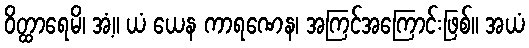
ဝိတ္ထာရေမိ၊ အံ့။ ယံ ယေန ကာရဏေန၊ အကြင်အကြောင်းဖြစ်။ အယံ